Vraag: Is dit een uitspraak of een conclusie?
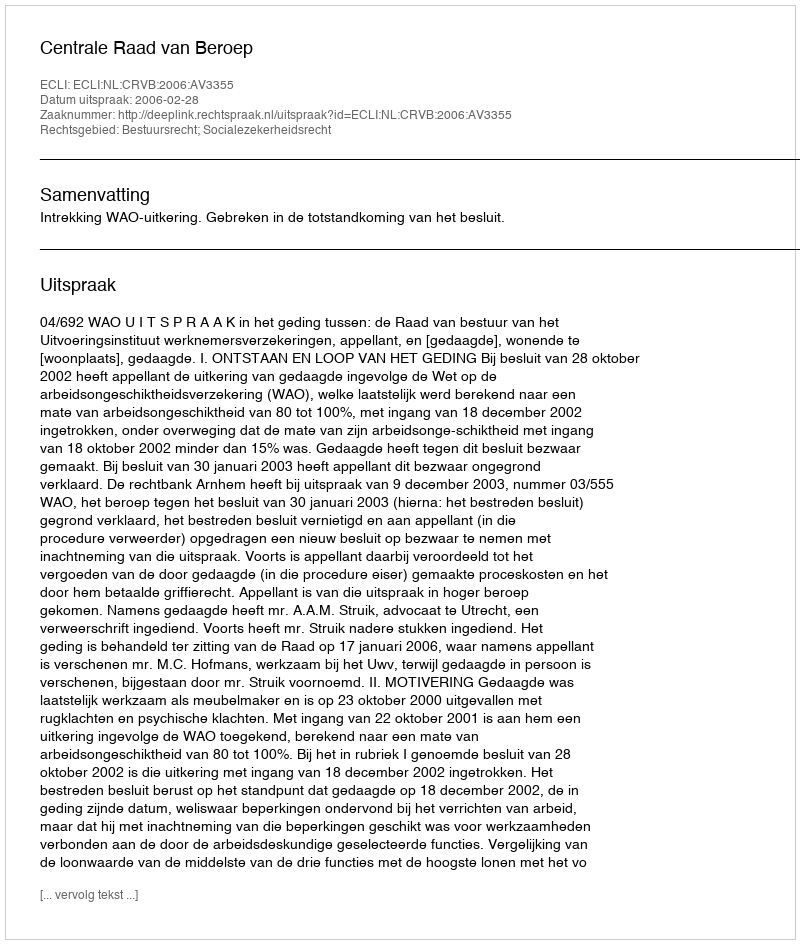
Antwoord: Uitspraak